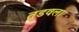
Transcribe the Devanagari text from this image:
तुडवला